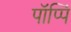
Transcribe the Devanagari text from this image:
पॉप्पिं